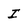
Character: I